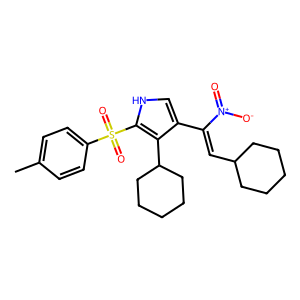
SMILES: Cc1ccc(S(=O)(=O)c2[nH]cc(C(=CC3CCCCC3)[N+](=O)[O-])c2C2CCCCC2)cc1
Inhibits HIV replication: No